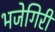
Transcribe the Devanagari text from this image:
भजेगिरी